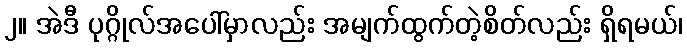
၂။ အဲဒီ ပုဂ္ဂိုလ်အပေါ်မှာလည်း အမျက်ထွက်တဲ့စိတ်လည်း ရှိရမယ်၊